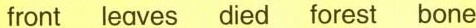
front leaves died forest bone